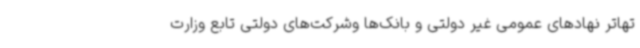
تهاتر نهادهای عمومی غیر دولتی و بانک‌ها وشرکت‌های دولتی تابع وزارت